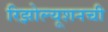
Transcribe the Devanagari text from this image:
रिझोल्यूशनची